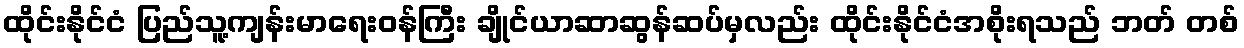
ထိုင်းနိုင်ငံ ပြည်သူ့ကျန်းမာရေးဝန်ကြီး ချိုင်ယာဆာဆွန်ဆပ်မှလည်း ထိုင်းနိုင်ငံအစိုးရသည် ဘတ် တစ်